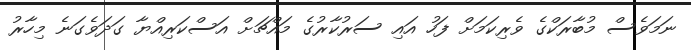
ނަމަވެސް މުބާރަކްގެ ވެރިކަމަށް ފަހު އަައި ސަރުކާރުގެ މައްޗަށް އަސްކަރިއްޔާ ގަދަވެގަނެ މިހާރު